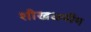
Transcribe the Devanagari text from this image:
शीखधर्मीय